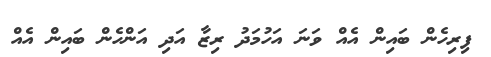
ފިރިހެން ބައިން އެއް ވަނަ އަހުމަދު ރިޒާ އަދި އަންހެން ބައިން އެއް